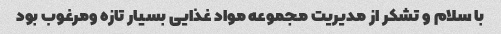
با سلام و تشکر از مدیریت مجموعه مواد غذایی بسیار تازه ومرغوب بود